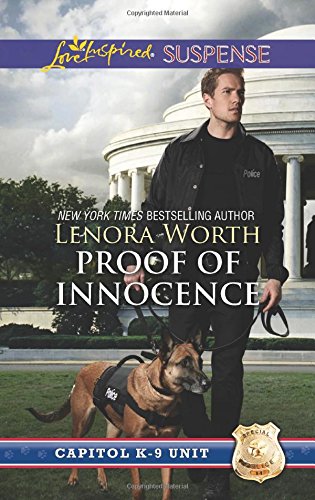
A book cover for Proof of Innocence (Capitol K-9 Unit); Lenora Worth; Romance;